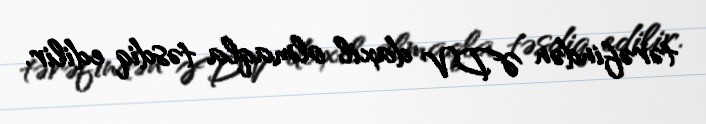
tərəfindən ƏDV daxil olmaqla təsdiq edilir.